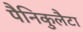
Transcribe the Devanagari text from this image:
पैनिकुलैटा